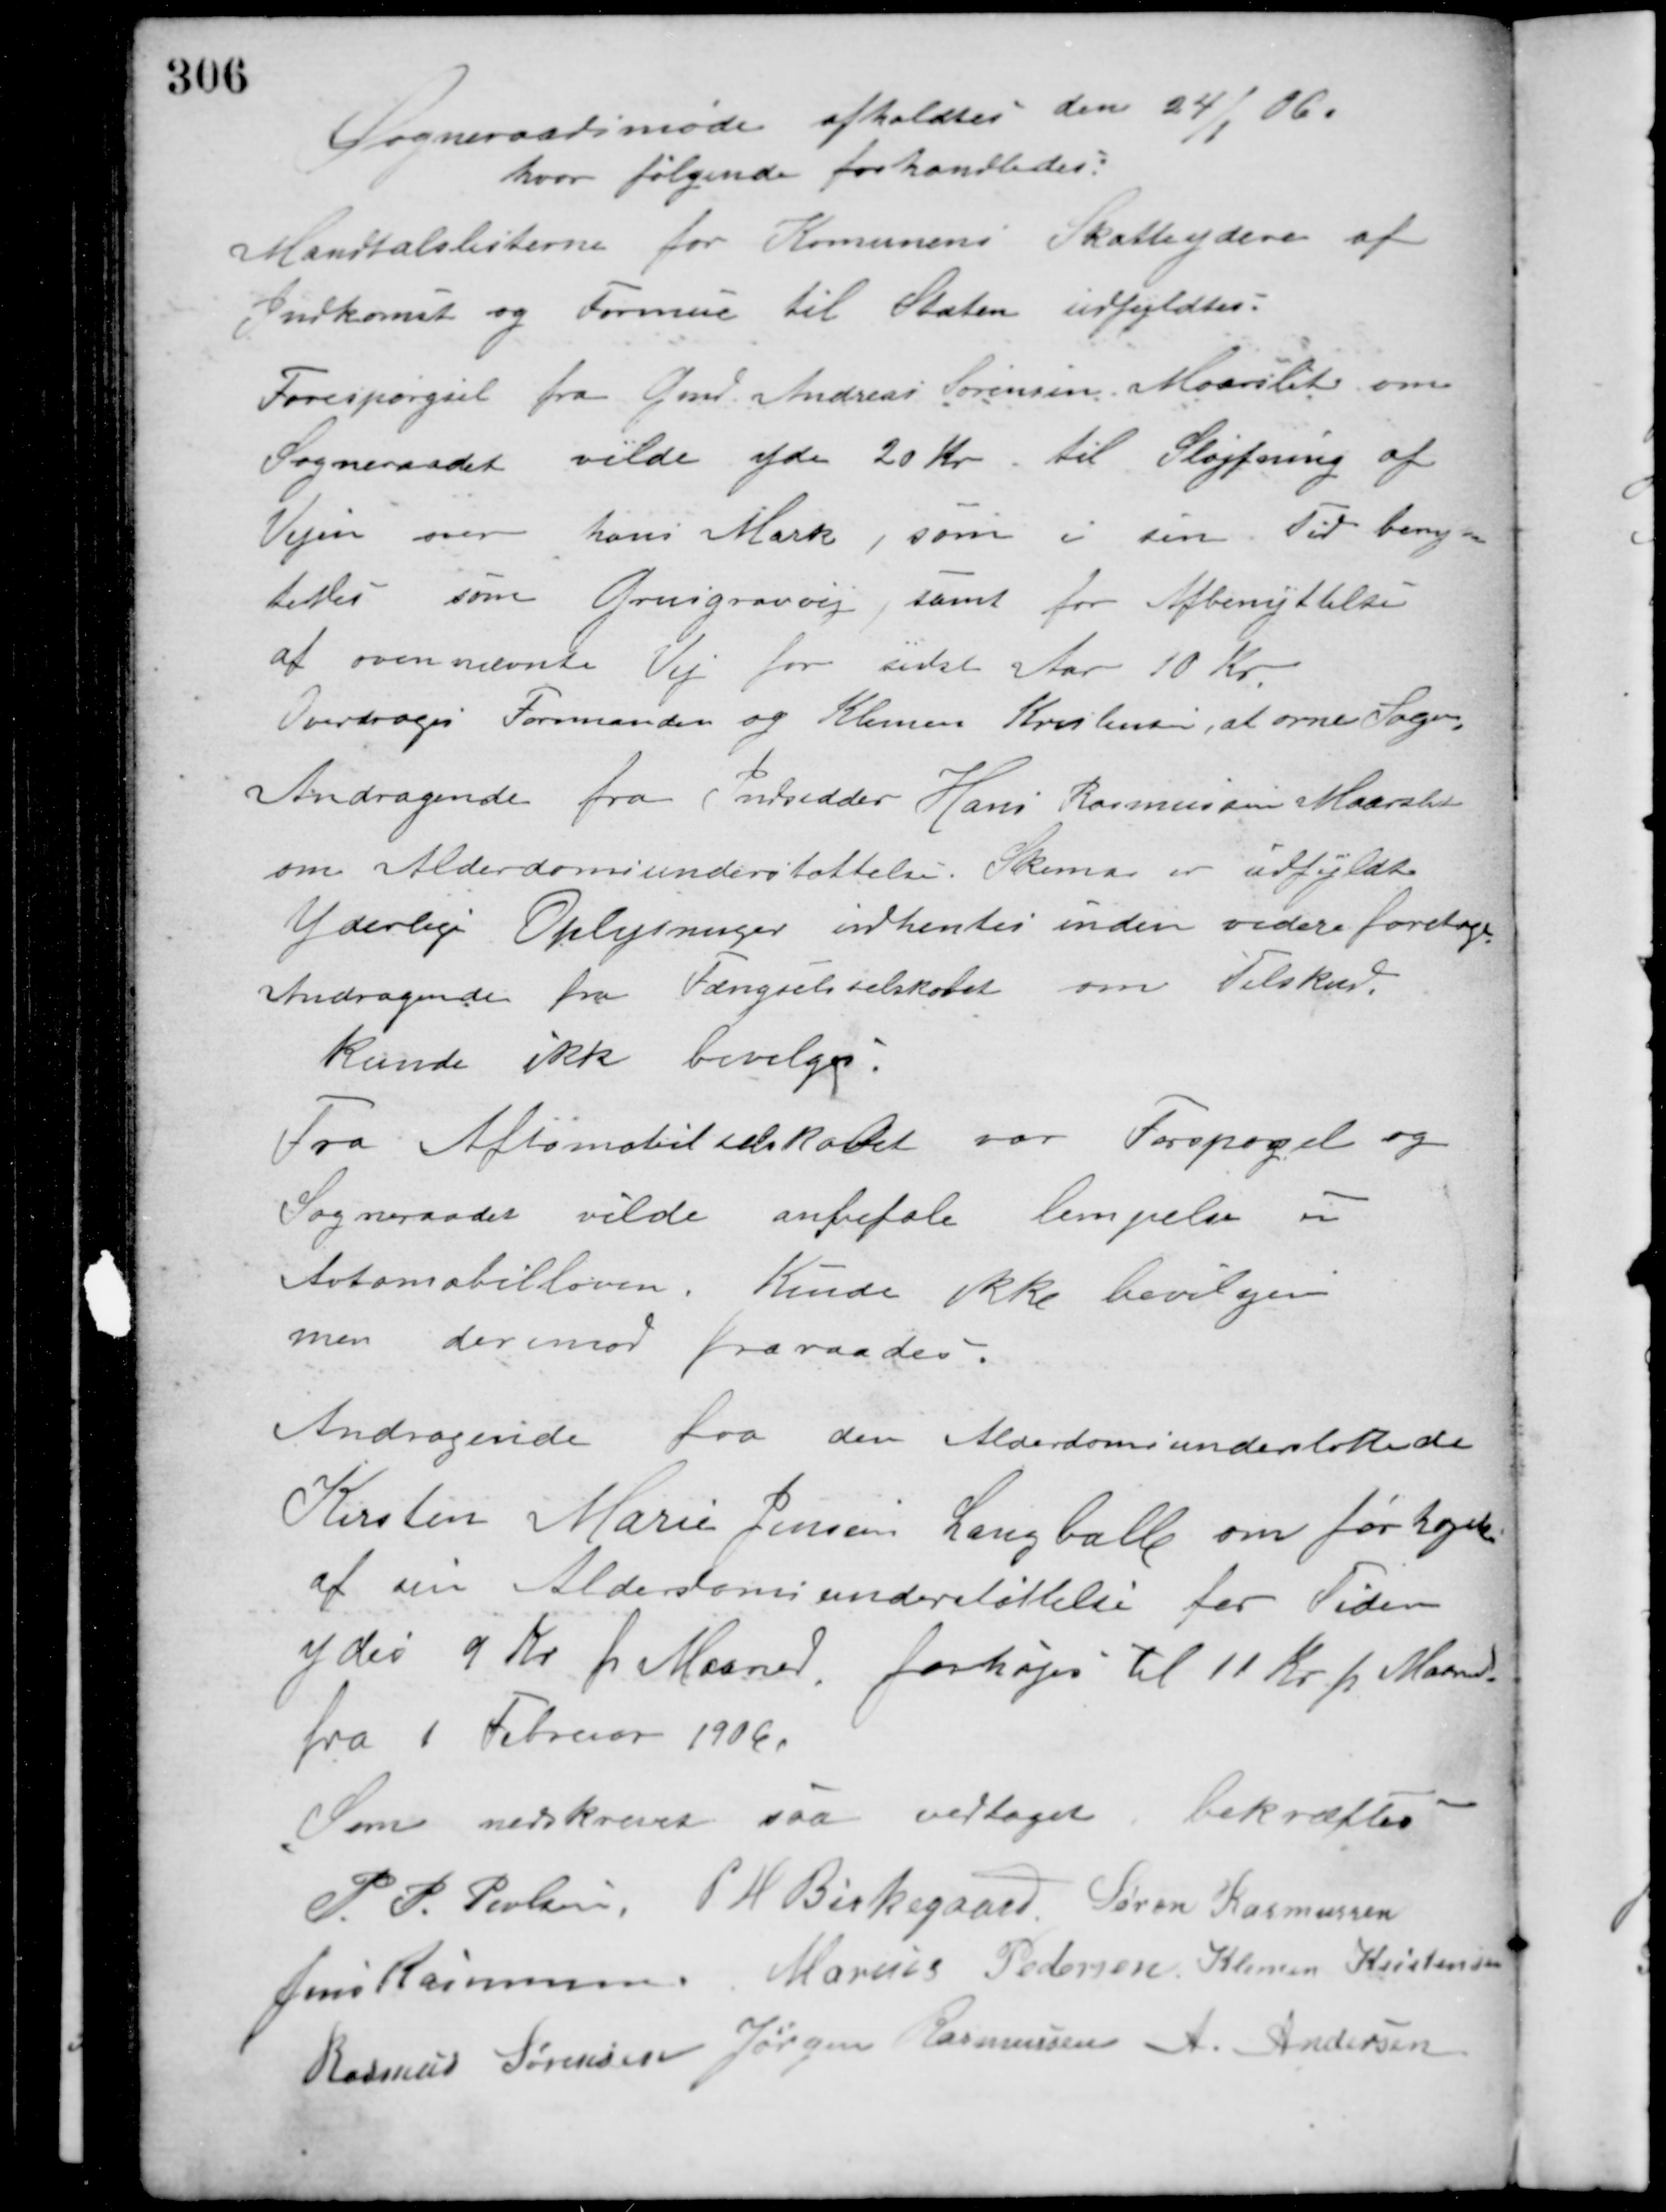
Transskription:
Sogneraadsmøde afholdtes den 24/1 06,
hvor følgende forhandledes:
Mandtalslisterne for Komunens Skatteydere af
Indkomst og Formue til Staten udfyldtes:
Forespørgsel fra Gmd. Andreas Sørensen Maarslet om
Sogneraadet vilde yde 20 Kr. til Sløjfning af
Vejen over hans Mark, som i sin Tid benyt-
tedes som Grusgravvej, samt for Afbenyttelse
af ovennævnte Vej for sidst Aar 10 Kr.
Overdroges Formanden og Klemen Kristensen, at orne Sagen.
Andragende fra Indsidder Hans Rasmussen Maarslet
om Alderdomsunderstøttelse. Skema er udfyldt.
Yderlige Oplysninger indhentes inden videre foretages.
Andragende fra Fængselsselskabet om Tilskud
kunde ikke bevilges.
Fra Aftomobilselskabet var Forspørgel og
Sogneraadet vilde anbefale lempelse i
Automobilloven. Kunde ikke bevilges
men derimod fraraades.
Andragende fra den Alderdomsunderstøttede
Kirsten Marie Jensen Langballe om forhøjelse
af sin Alderdomsunderstøttelse for Tiden
ydes 9 Kr. pr. Maaned, forhøjes til 11 Kr. pr. Maaned
fra 1 Februar 1906.
Som nedskrevet saa vedtaget, bekræftes
P. P. Poulsen P. H. Birkegaard Søren Rasmussen
Jens Rasmussen Marius Pedersen Klemen Kristensen
Rasmus Sørensen Jørgen Rasmussen A. Andersen